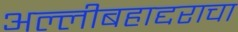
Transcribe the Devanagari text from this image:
अल्लीबहाद्दराचा